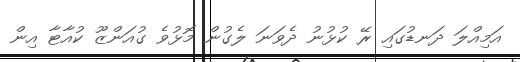
އަމިއްލަ ދަނޑުގައި ރޭ ކުޅުނު ދެވަނަ ލެގުން މޮޅުވެ ގުއަންޒޫ ކުއާޓާ އިން